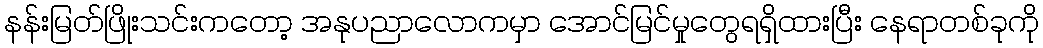
နန်းမြတ်ဖြိုးသင်းကတော့ အနုပညာလောကမှာ အောင်မြင်မှုတွေရရှိထားပြီး နေရာတစ်ခုကို